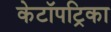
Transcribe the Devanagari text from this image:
केटॉपट्रिका